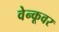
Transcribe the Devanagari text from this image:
वेन्कूवर